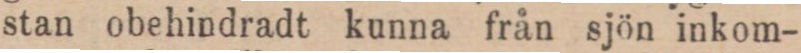
stan obehindradt kunna från sjön inkom-